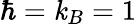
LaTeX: \hbar=\mathit{k}_{B}=1